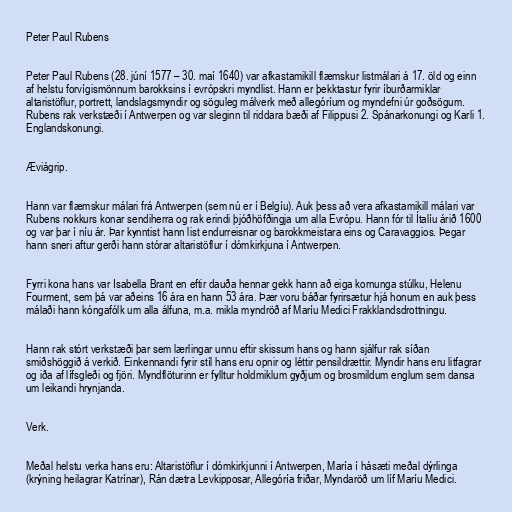
Peter Paul Rubens

Peter Paul Rubens (28. júní 1577 – 30. maí 1640) var afkastamikill flæmskur listmálari á 17. öld og einn
af helstu forvígismönnum barokksins í evrópskri myndlist. Hann er þekktastur fyrir íburðarmiklar
altaristöflur, portrett, landslagsmyndir og söguleg málverk með allegóríum og myndefni úr goðsögum.
Rubens rak verkstæði í Antwerpen og var sleginn til riddara bæði af Filippusi 2. Spánarkonungi og Karli 1.
Englandskonungi.

Æviágrip.

Hann var flæmskur málari frá Antwerpen (sem nú er í Belgíu). Auk þess að vera afkastamikill málari var
Rubens nokkurs konar sendiherra og rak erindi þjóðhöfðingja um alla Evrópu. Hann fór til Ítalíu árið 1600
og var þar í níu ár. Þar kynntist hann list endurreisnar og barokkmeistara eins og Caravaggios. Þegar
hann sneri aftur gerði hann stórar altaristöflur í dómkirkjuna í Antwerpen.

Fyrri kona hans var Isabella Brant en eftir dauða hennar gekk hann að eiga kornunga stúlku, Helenu
Fourment, sem þá var aðeins 16 ára en hann 53 ára. Þær voru báðar fyrirsætur hjá honum en auk þess
málaði hann kóngafólk um alla álfuna, m.a. mikla myndröð af Maríu Medici Frakklandsdrottningu.

Hann rak stórt verkstæði þar sem lærlingar unnu eftir skissum hans og hann sjálfur rak síðan
smiðshöggið á verkið. Einkennandi fyrir stíl hans eru opnir og léttir pensildrættir. Myndir hans eru litfagrar
og iða af lífsgleði og fjöri. Myndflöturinn er fylltur holdmiklum gyðjum og brosmildum englum sem dansa
um leikandi hrynjanda.

Verk.

Meðal helstu verka hans eru: Altaristöflur í dómkirkjunni í Antwerpen, María í hásæti meðal dýrlinga
(krýning heilagrar Katrínar), Rán dætra Levkipposar, Allegóría friðar, Myndaröð um líf Maríu Medici.